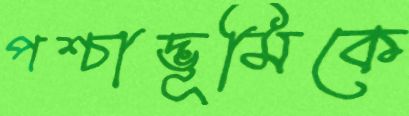
পশ্চাদ্ভূমিকে